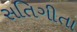
સતિગીતા